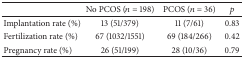
<table><thead><tr><td><b> </b></td><td><b>No PCOS (<i>n</i> = 198)</b></td><td><b>PCOS (<i>n</i> = 36)</b></td><td><b><i>p</i></b></td></tr></thead><tbody><tr><td>Implantation rate (%)</td><td>13 (51/379)</td><td>11 (7/61)</td><td>0.83</td></tr><tr><td>Fertilization rate (%)</td><td>67 (1032/1551)</td><td>69 (184/266)</td><td>0.42</td></tr><tr><td>Pregnancy rate (%)</td><td>26 (51/199)</td><td>28 (10/36)</td><td>0.79</td></tr></tbody></table>